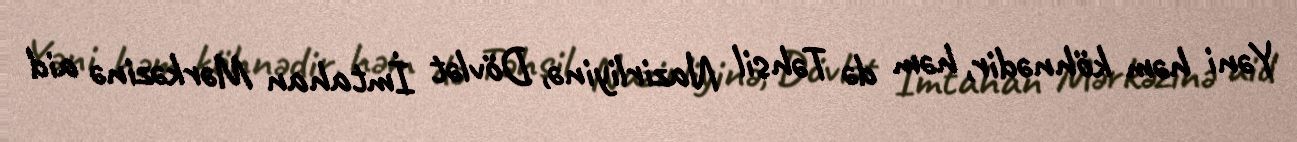
Yəni həm köhnədir, həm də Təhsil Nazirliyinə, Dövlət İmtahan Mərkəzinə aid